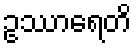
ဥဿာရေတိ